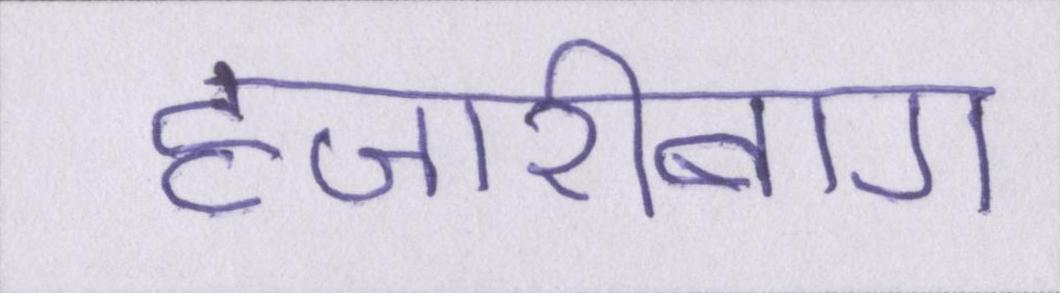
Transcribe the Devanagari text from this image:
हजारीबाग